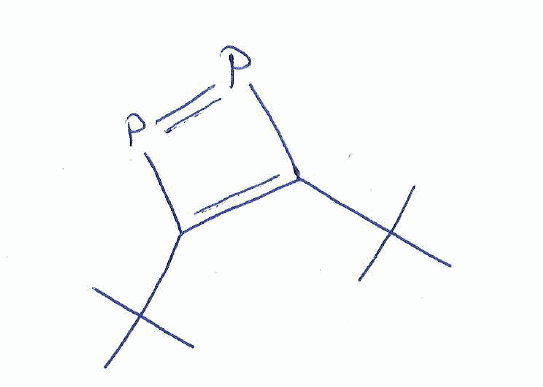
Simplified molecular-input line-entry system (SMILES) notation of the given molecule:
CC(C)(C)C1=C(P=P1)C(C)(C)C